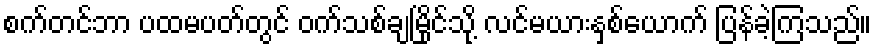
စက်တင်ဘာ ပထမပတ်တွင် ဝက်သစ်ချမြိုင်သို့ လင်မယားနှစ်ယောက် ပြန်ခဲ့ကြသည်။